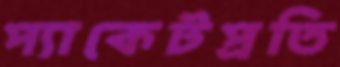
প্যাকেটপ্রতি